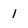
Character: 1